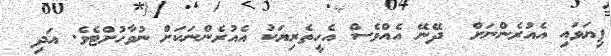
ފިޔަވައި އެއުރެންނަށް  ދޭނޭ އެއްވެސް އެހީތެރިޔަކު އެއުރެންނަކަށް ނުވާހުށްޓެވެ. އަދި